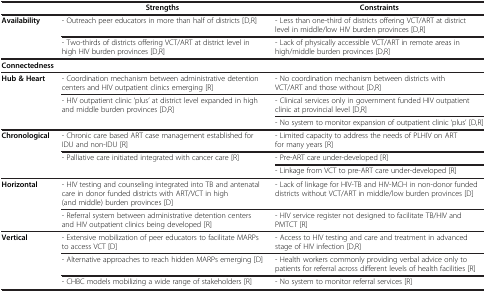
<table><thead><tr><td><b> </b></td><td><b>Strengths</b></td><td><b>Constraints</b></td></tr></thead><tbody><tr><td rowspan="2"><b>Availability</b></td><td>- Outreach peer educators in more than half of districts [D,R]</td><td>- Less than one-third of districts offering VCT/ART at district level in middle/low HIV burden provinces [D,R]</td></tr><tr><td>- Two-thirds of districts offering VCT/ART at district level in high HIV burden provinces [D,R]</td><td>- Lack of physically accessible VCT/ART in remote areas in high/middle burden provinces [D,R]</td></tr><tr><td><b>Connectedness</b></td><td> </td><td> </td></tr><tr><td rowspan="3"><b>Hub &amp; Heart</b></td><td>- Coordination mechanism between administrative detention centers and HIV outpatient clinics emerging [R]</td><td>- No coordination mechanism between districts with VCT/ART and those without [D,R]</td></tr><tr><td rowspan="2">- HIV outpatient clinic ‘plus’ at district level expanded in high and middle burden provinces [D,R]</td><td>- Clinical services only in government funded HIV outpatient clinic at provincial level [D,R]</td></tr><tr><td>- No system to monitor expansion of outpatient clinic ‘plus’ [D,R]</td></tr><tr><td rowspan="3"><b>Chronological</b></td><td>- Chronic care based ART case management established for IDU and non-IDU [R]</td><td>- Limited capacity to address the needs of PLHIV on ART for many years [R]</td></tr><tr><td rowspan="2">- Palliative care initiated integrated with cancer care [R]</td><td>- Pre-ART care under-developed [R]</td></tr><tr><td>- Linkage from VCT to pre-ART care under-developed [R]</td></tr><tr><td rowspan="2"><b>Horizontal</b></td><td>- HIV testing and counseling integrated into TB and antenatal care in donor funded districts with ART/VCT in high (and middle) burden provinces [D]</td><td>- Lack of linkage for HIV-TB and HIV-MCH in non-donor funded districts without VCT/ART in middle/low burden provinces [D]</td></tr><tr><td>- Referral system between administrative detention centers and HIV outpatient clinics being developed [R]</td><td>- HIV service register not designed to facilitate TB/HIV and PMTCT [R]</td></tr><tr><td rowspan="3"><b>Vertical</b></td><td>- Extensive mobilization of peer educators to facilitate MARPs to access VCT [D]</td><td>- Access to HIV testing and care and treatment in advanced stage of HIV infection [D,R]</td></tr><tr><td>- Alternative approaches to reach hidden MARPs emerging [D]</td><td>- Health workers commonly providing verbal advice only to patients for referral across different levels of health facilities [R]</td></tr><tr><td>- CHBC models mobilizing a wide range of stakeholders [R]</td><td>- No system to monitor referral services [R]</td></tr></tbody></table>